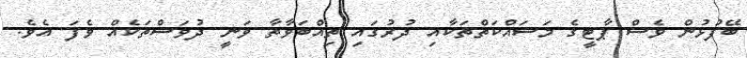
ބޭފުޅުން ވެސް ޕާޓީގެ މަސައްކަތްތަކާއި ދުރުގައި ތިއްބަވާތާ ވަނީ ދުވަސްތަކެއް ވެފަ އެވެ.